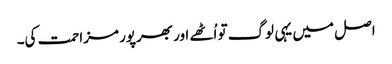
اصل میں یہی لوگ تو اُٹھے اور بھرپور مزاحمت کی۔